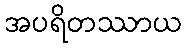
အပရိတဿာယ